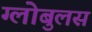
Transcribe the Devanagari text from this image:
ग्लोबुलस